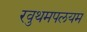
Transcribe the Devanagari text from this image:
रवुथमपलयम